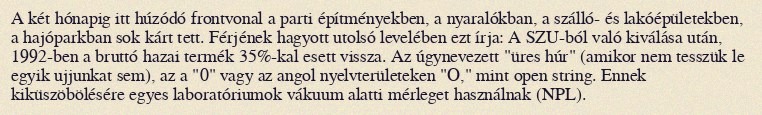
A két hónapig itt húzódó frontvonal a parti építményekben, a nyaralókban, a szálló- és lakóépületekben, a hajóparkban sok kárt tett. Férjének hagyott utolsó levelében ezt írja: A SZU-ból való kiválása után, 1992-ben a bruttó hazai termék 35%-kal esett vissza. Az úgynevezett "üres húr" (amikor nem tesszük le egyik ujjunkat sem), az a "0" vagy az angol nyelvterületeken "O," mint open string. Ennek kiküszöbölésére egyes laboratóriumok vákuum alatti mérleget használnak (NPL).